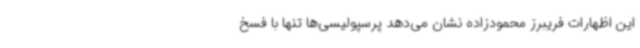
این اظهارات فریبرز محمودزاده نشان می‌دهد پرسپولیسی‌ها تنها با فسخ